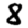
Digit: 8